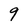
Character: 9